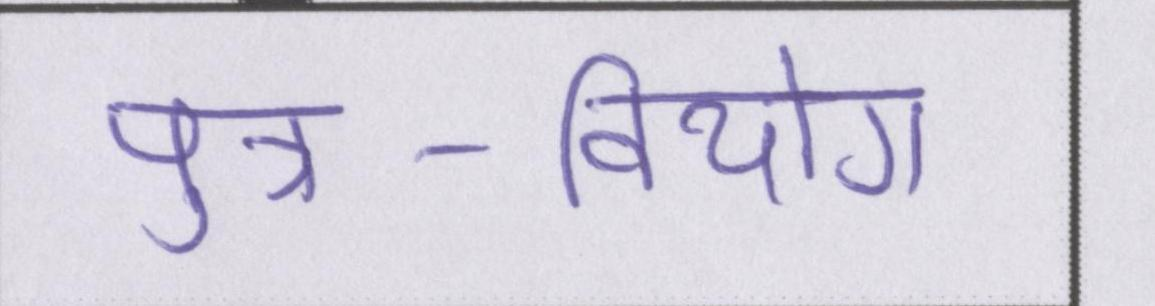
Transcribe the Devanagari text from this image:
पुत्र-वियोग